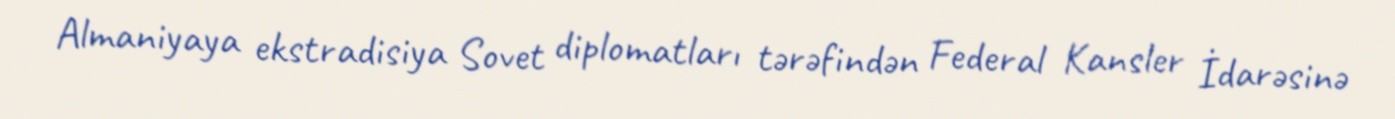
Almaniyaya ekstradisiya Sovet diplomatları tərəfindən Federal Kansler İdarəsinə